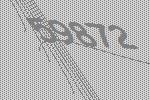
59872